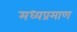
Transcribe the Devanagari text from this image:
मध्यप्रमाण